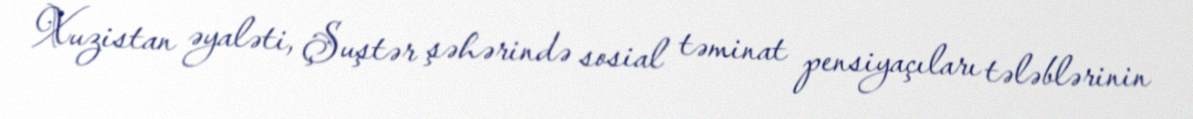
Xuzistan əyaləti, Şuştər şəhərində sosial təminat pensiyaçıları tələblərinin